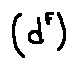
( d ^ { F } )